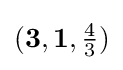
({\mathbf {3} },\mathbf {1} ,\textstyle {\frac {4}{3}})